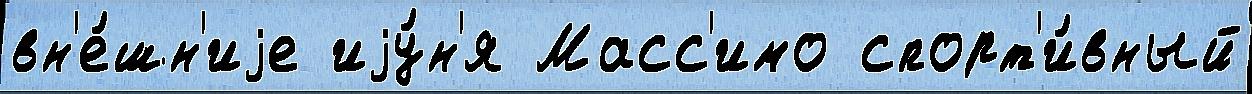
вн'е́шн'иjе иjу́н'я Масс'имо спорт'и́вный